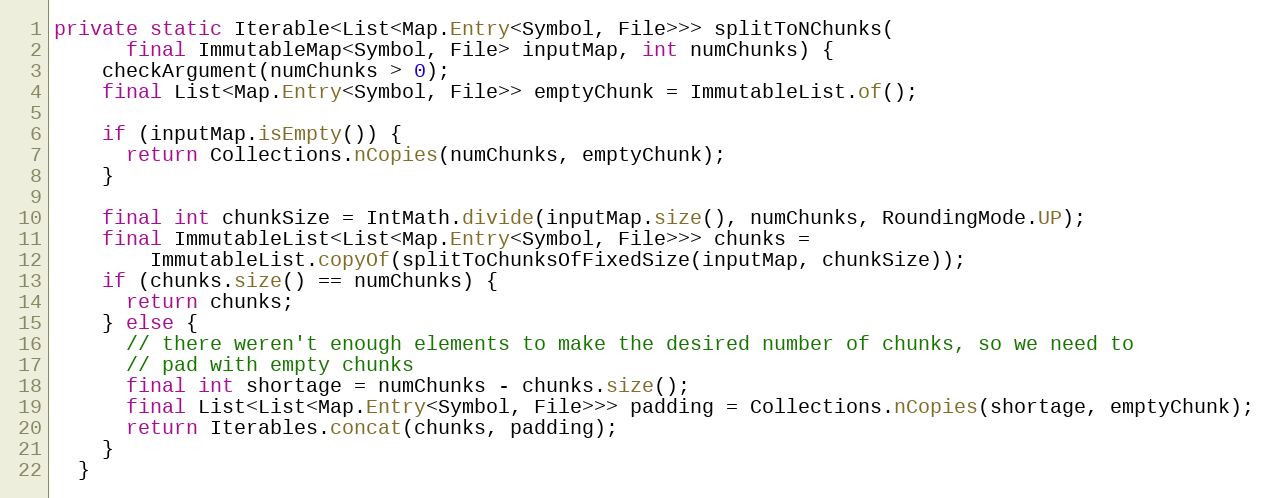
Language: Java
private static Iterable<List<Map.Entry<Symbol, File>>> splitToNChunks(
      final ImmutableMap<Symbol, File> inputMap, int numChunks) {
    checkArgument(numChunks > 0);
    final List<Map.Entry<Symbol, File>> emptyChunk = ImmutableList.of();

    if (inputMap.isEmpty()) {
      return Collections.nCopies(numChunks, emptyChunk);
    }

    final int chunkSize = IntMath.divide(inputMap.size(), numChunks, RoundingMode.UP);
    final ImmutableList<List<Map.Entry<Symbol, File>>> chunks =
        ImmutableList.copyOf(splitToChunksOfFixedSize(inputMap, chunkSize));
    if (chunks.size() == numChunks) {
      return chunks;
    } else {
      // there weren't enough elements to make the desired number of chunks, so we need to
      // pad with empty chunks
      final int shortage = numChunks - chunks.size();
      final List<List<Map.Entry<Symbol, File>>> padding = Collections.nCopies(shortage, emptyChunk);
      return Iterables.concat(chunks, padding);
    }
  }